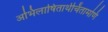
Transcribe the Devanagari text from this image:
अभिलाषितार्थचिंतामणि